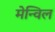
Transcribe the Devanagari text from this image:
मेन्विल